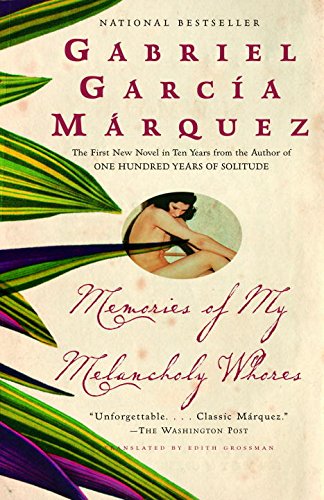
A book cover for Memories of My Melancholy Whores; Gabriel GarcÃ­a MÃ¡rquez; Literature & Fiction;